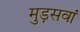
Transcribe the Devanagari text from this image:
मुड़सवां